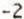
-2